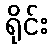
ရိုင်း